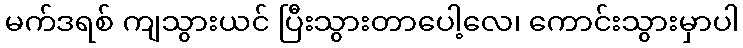
မက်ဒရစ် ကျသွားယင် ပြီးသွားတာပေါ့လေ၊ ကောင်းသွားမှာပါ